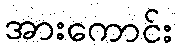
အားကောင်း